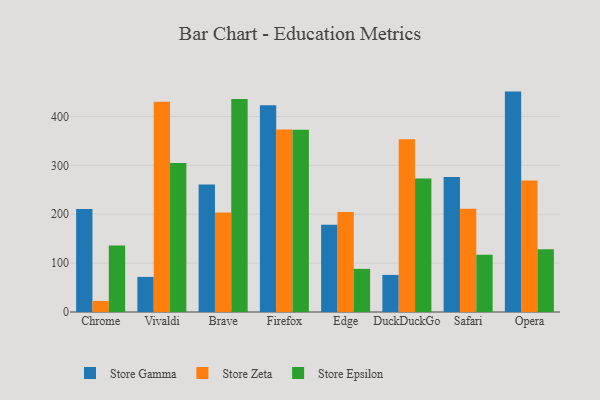
{"axis": {"x": "Browser", "y": "Active Users"}, "legend": ["Store Epsilon", "Store Gamma", "Store Zeta"], "data": [{"x": "Chrome", "y": 210.8, "type": "Store Gamma"}, {"x": "Chrome", "y": 22.7, "type": "Store Zeta"}, {"x": "Chrome", "y": 135.9, "type": "Store Epsilon"}, {"x": "Vivaldi", "y": 71.8, "type": "Store Gamma"}, {"x": "Vivaldi", "y": 430.0, "type": "Store Zeta"}, {"x": "Vivaldi", "y": 305.1, "type": "Store Epsilon"}, {"x": "Brave", "y": 260.7, "type": "Store Gamma"}, {"x": "Brave", "y": 203.4, "type": "Store Zeta"}, {"x": "Brave", "y": 436.1, "type": "Store Epsilon"}, {"x": "Firefox", "y": 423.0, "type": "Store Gamma"}, {"x": "Firefox", "y": 373.7, "type": "Store Zeta"}, {"x": "Firefox", "y": 373.0, "type": "Store Epsilon"}, {"x": "Edge", "y": 178.5, "type": "Store Gamma"}, {"x": "Edge", "y": 204.4, "type": "Store Zeta"}, {"x": "Edge", "y": 88.3, "type": "Store Epsilon"}, {"x": "DuckDuckGo", "y": 75.9, "type": "Store Gamma"}, {"x": "DuckDuckGo", "y": 353.4, "type": "Store Zeta"}, {"x": "DuckDuckGo", "y": 273.4, "type": "Store Epsilon"}, {"x": "Safari", "y": 276.1, "type": "Store Gamma"}, {"x": "Safari", "y": 211.2, "type": "Store Zeta"}, {"x": "Safari", "y": 117.0, "type": "Store Epsilon"}, {"x": "Opera", "y": 451.0, "type": "Store Gamma"}, {"x": "Opera", "y": 269.1, "type": "Store Zeta"}, {"x": "Opera", "y": 128.5, "type": "Store Epsilon"}]}